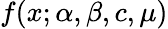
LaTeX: f(x;\alpha,\beta,c,\mu)